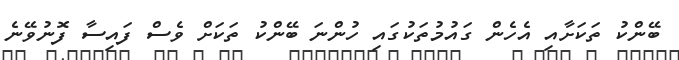
ބޭންކު ތަކަށާއި އެހެން ގައުމުތަކުގައި ހުންނަ ބޭންކު ތަކަށް ވެސް ފައިސާ ފޮނުވޭނެ